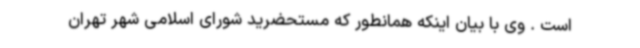
است . وی با بیان اینکه همانطور که مستحضرید شورای اسلامی شهر تهران